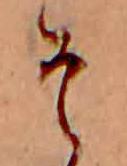
そ